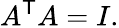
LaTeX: A^{\mathsf{T}}A=I.